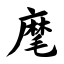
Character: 麾